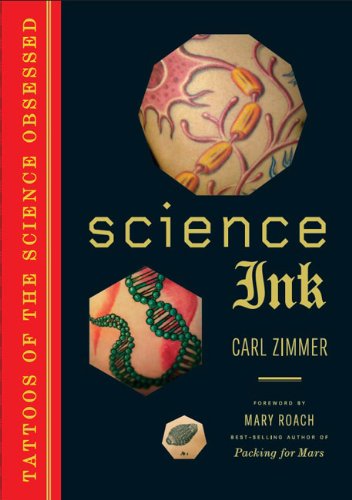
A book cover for Science Ink: Tattoos of the Science Obsessed; Carl Zimmer; Science & Math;